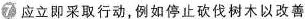
7 应立即采取行动,例如停止砍伐树木以改善